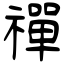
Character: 禪